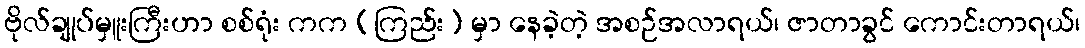
ဗိုလ်ချုပ်မှူးကြီးဟာ စစ်ရုံး ကက (ကြည်း) မှာ နေခဲ့တဲ့ အစဉ်အလာရယ်၊ ဇာတာခွင် ကောင်းတာရယ်၊